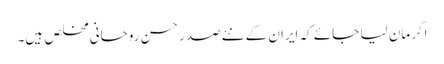
اگر مان لیا جائے کہ ایران کے نئےصدر حسن روحانی مخلص ہیں۔